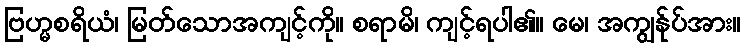
ဗြဟ္မစရိယံ၊ မြတ်သောအကျင့်ကို။ စရာမိ၊ ကျင့်ရပါ၏။ မေ၊ အကျွန်ုပ်အား။